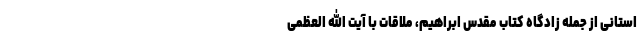
استانی از جمله زادگاه کتاب مقدس ابراهیم، ملاقات با آیت الله العظمی